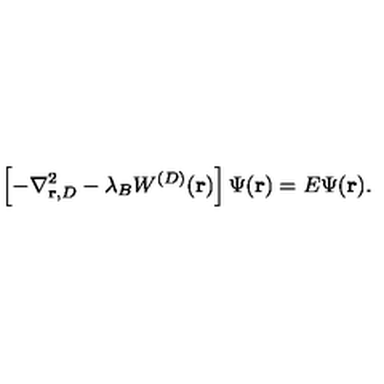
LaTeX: \left[ - \nabla _ { { \bf r } , { D } } ^ { 2 } - \lambda _ { B } W ^ { ( { D } ) } ( { \bf r } ) \right] \Psi ( { \bf r } ) = E \Psi ( { \bf r } ) .